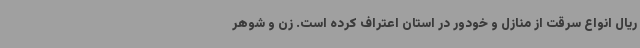
ریال انواع سرقت از منازل و خودور در استان اعتراف کرده است. زن و شوهر